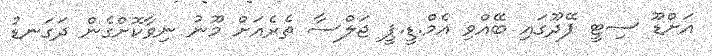
އަށްޑޫ ސިޓީ ފޭދޫގައި ބޭއްވި އެމް.ޑީ.ޕީ ޖަލްސާ ތެރެއަށް މޫނު ނިވާކޮށްގެން ދަގަނޑު